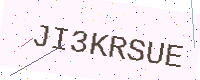
Text: JI3KRSUE